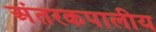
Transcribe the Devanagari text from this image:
अंतरकपालीय